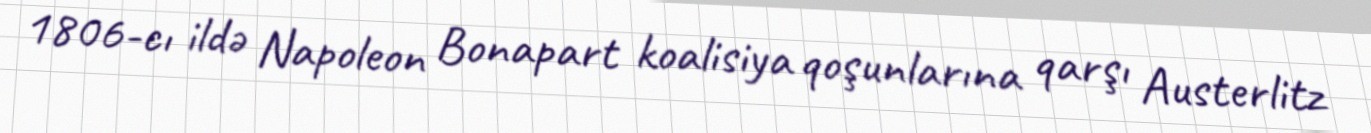
1806-cı ildə Napoleon Bonapart koalisiya qoşunlarına qarşı Austerlitz